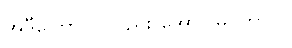
အဲဒီကြော်ငြာလည်း အောင်မြင်တာပဲ။